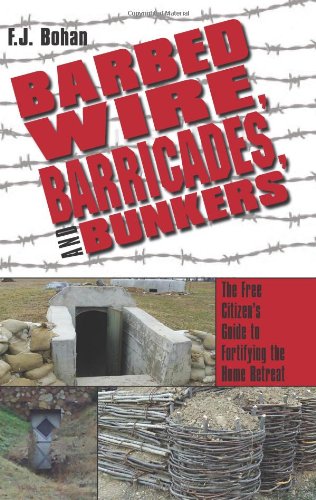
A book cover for Barbed Wire, Barricades, and Bunkers: The Free Citizen's Guide to Fortifying the Home Retreat; F.J. Bohan; Politics & Social Sciences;